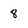
Character: 8